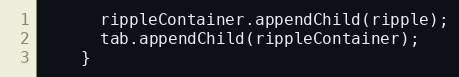
Language: JavaScript
      rippleContainer.appendChild(ripple);
      tab.appendChild(rippleContainer);
    }